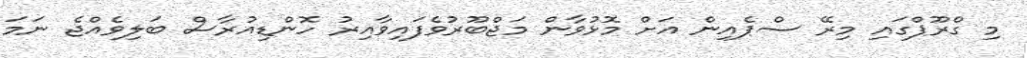
މި ގްރޫޕްގައި މިރޭ ސްޕެއިން އަށް މޮޅުވާން މަޖްބޫރުވެފައިވާއިރު ހޮންޑިއުރާސް ބަލިވެއްޖެ ނަމަ